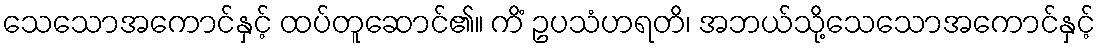
သေသောအကောင်နှင့် ထပ်တူဆောင်၏။ ကိံ ဥပသံဟရတိ၊ အဘယ်သို့သေသောအကောင်နှင့်